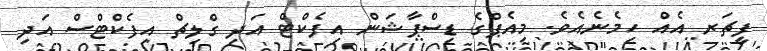
ފީޗަރ އެއް ހިމެނެއެވެ. މިއެޕްގެ ޑިސްޕާޝަން އިފެކްޓް އަދި ގްލިޗް އިފެކްޓްސް އަދި